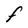
Character: F